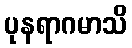
ပုနရာဂမာသိ